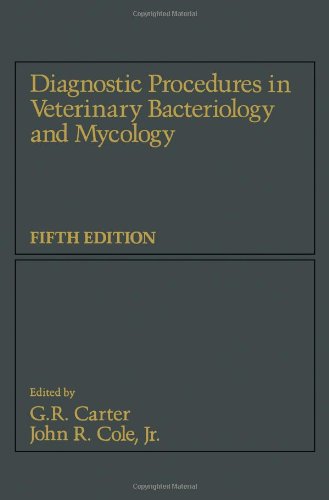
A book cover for Diagnostic Procedure in Veterinary Bacteriology and Mycology, Fifth Edition; Medical Books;